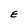
Character: E